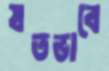
যতভাবে